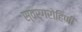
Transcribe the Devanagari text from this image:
स्वर्गरोहिणी